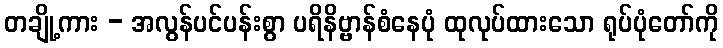
တချို့ကား - အလွန်ပင်ပန်းစွာ ပရိနိဗ္ဗာန်စံနေပုံ ထုလုပ်ထားသော ရုပ်ပုံတော်ကို